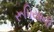
રૂપિયાની